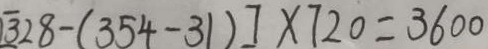
[ 3 2 8 - ( 3 5 4 - 3 1 ) ] \times 7 2 0 = 3 6 0 0